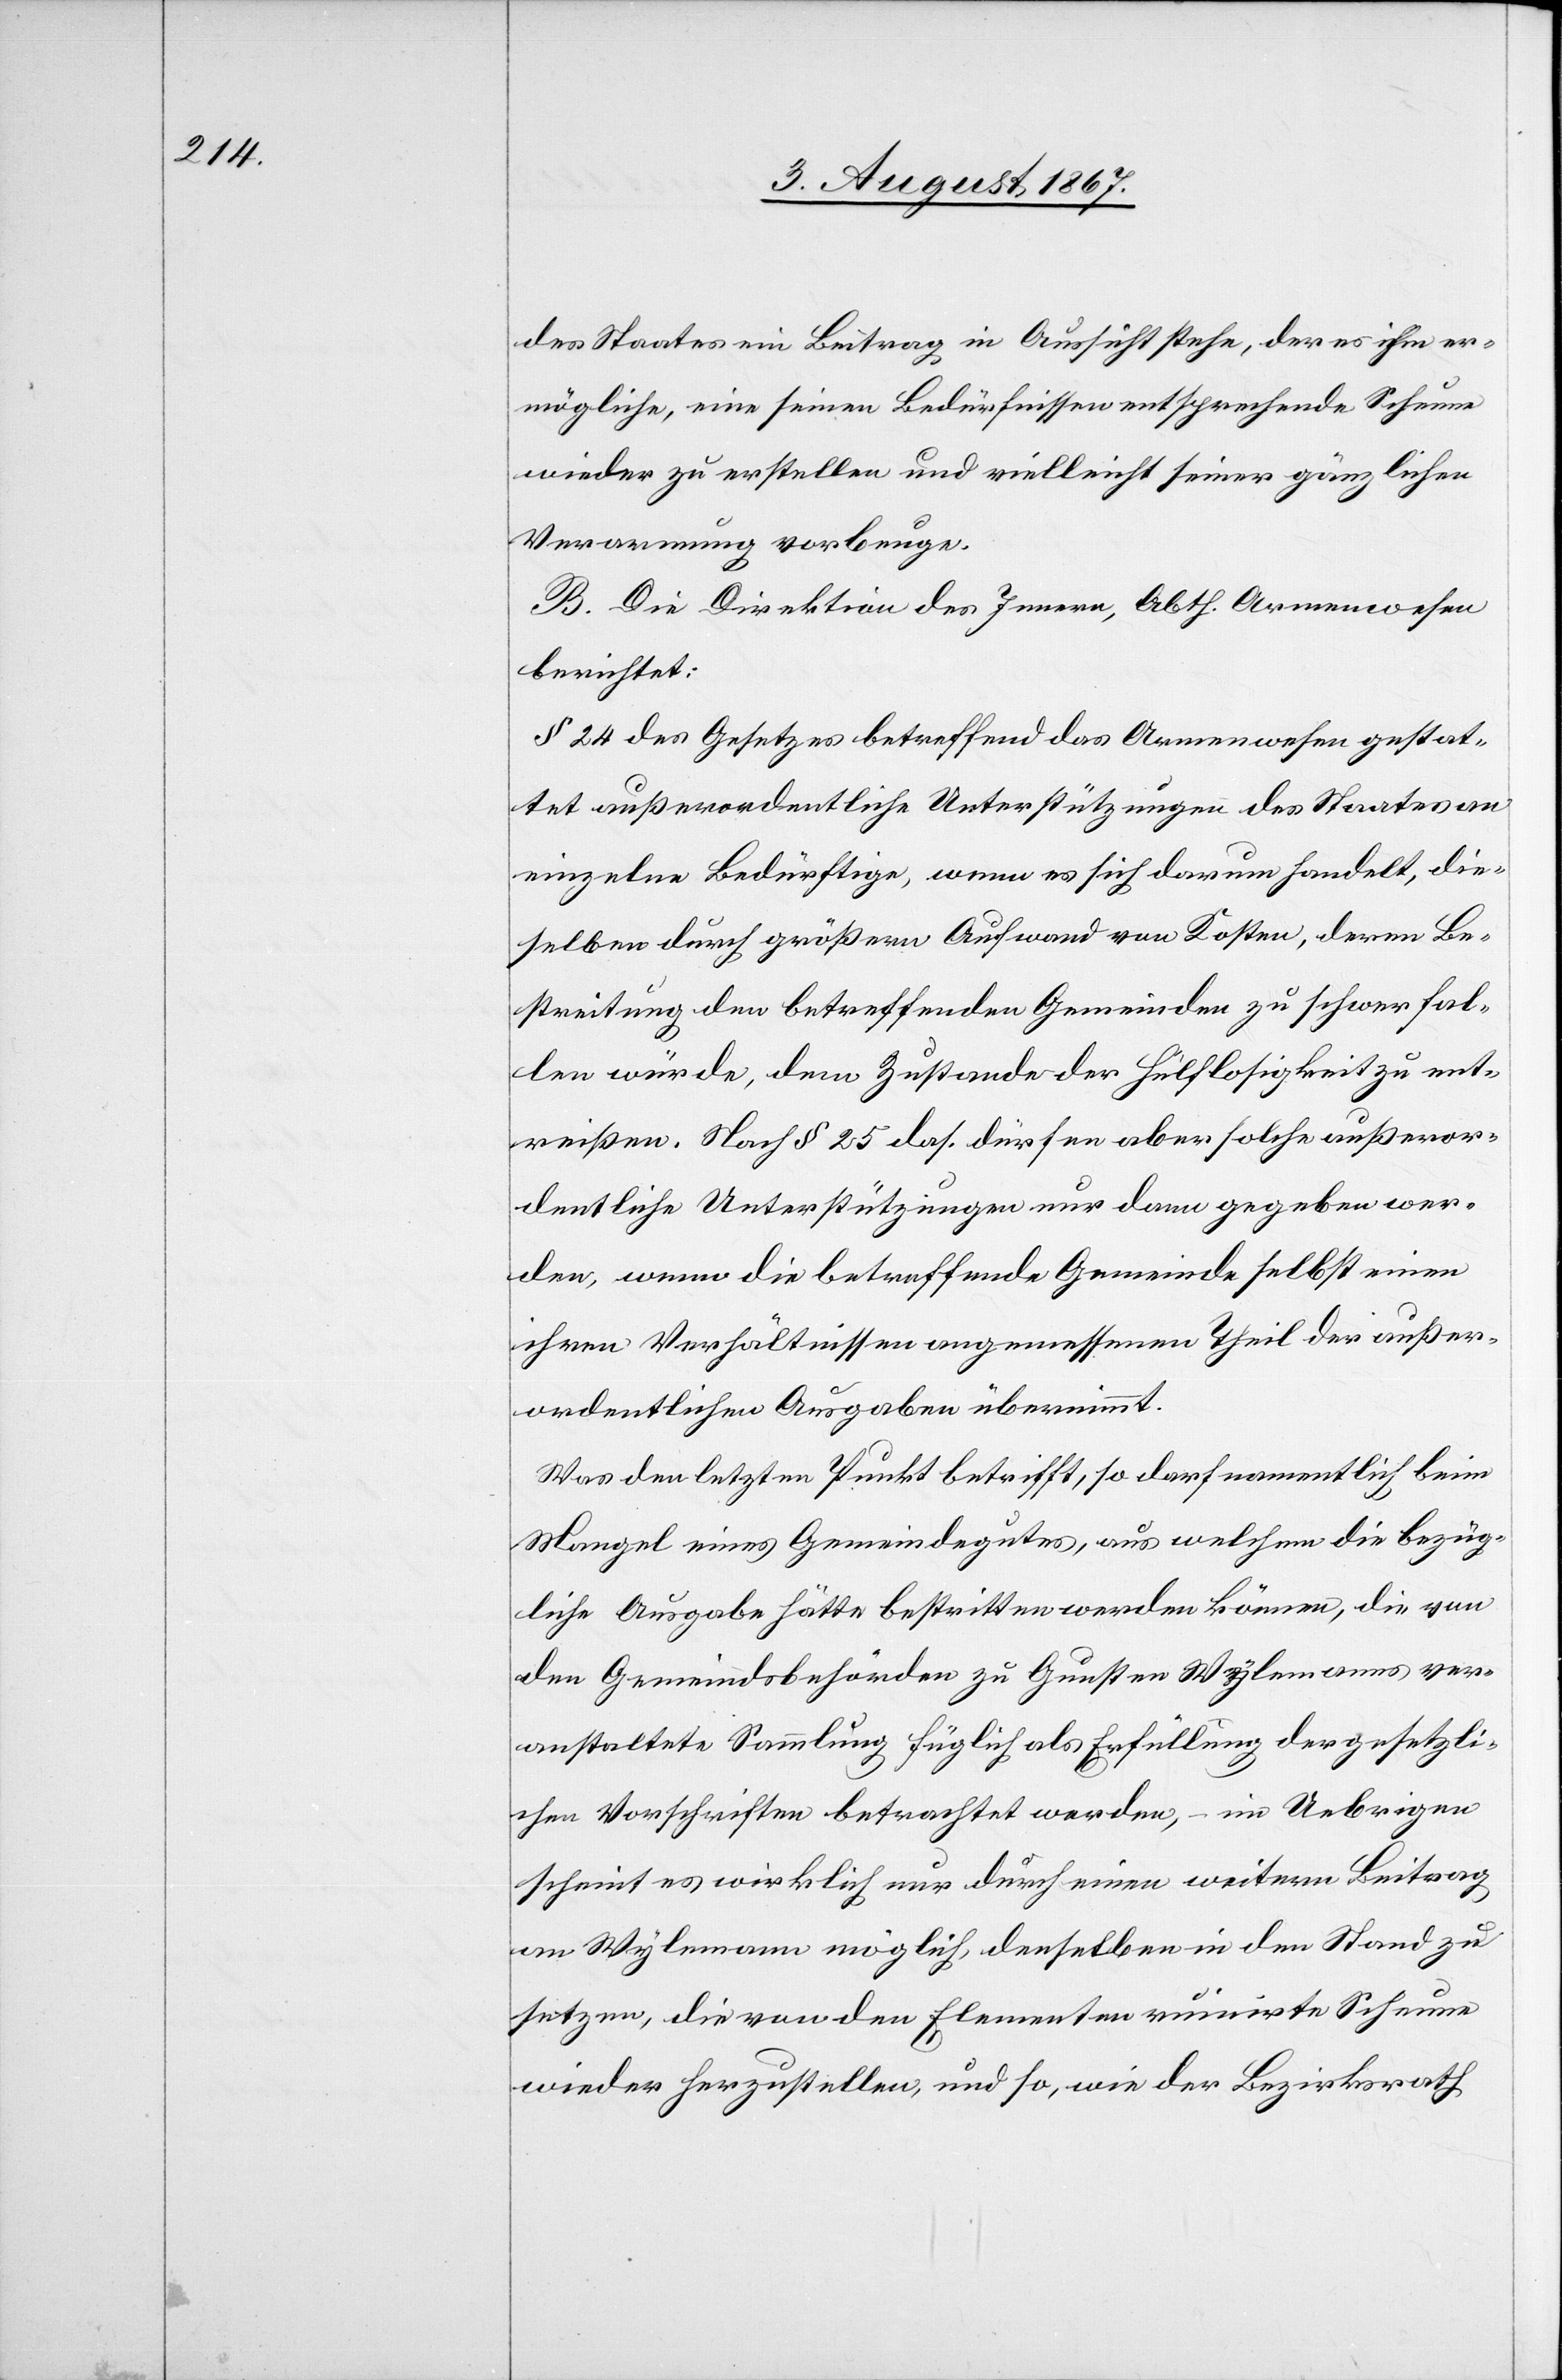
des Staates ein Beitrag in Aussicht stehe, der es ihm er¬
mögliche, eine seinen Bedürfnissen entsprechende Scheune
wieder zu erstellen und vielleicht seiner gänzlichen
Verarmung vorbeuge.
B. Die Direktion des Innern, Abth. Armenwesen
berichtet:
§ 24 des Gesetzes betreffend das Armenwesen gestat¬
tet außerordentliche Unterstützungen des Staates an
einzelne Bedürftige, wenn es sich darum handelt, die¬
selben durch größern Aufwand von Kosten, deren Be¬
streitung den betreffenden Gemeinden zu schwer fal¬
len würde, dem Zustande des Hülflosigkeit zu ent¬
reißen. Nach § 25 das. dürfen aber solche außeror¬
dentliche Unterstützungen nur dann gegeben wer¬
den, wenn die betreffende Gemeinde selbst einen
ihren Verhältnissen angemessenen Theil der außer¬
ordentlichen Ausgaben übernimmt.
Was den letzten Punkt betrifft, so darf namentlich beim
Mangel eines Gemeindegutes, aus welchem die bezüg¬
liche Ausgabe hätte bestritten werden können, die von
den Gemeindsbehörden zu Gunsten Wylemanns ver¬
anstaltete Sammlung füglich als Erfüllung der gesetzli¬
chen Vorschriften betrachtet werden, – im Uebrigen
scheint es wirklich nur durch einen weitern Beitrag
an Wylemann möglich, denselben in den Stand zu
setzen, die von den Elementen ruinirte Scheune
wieder herzustellen, und so, wie der Bezirksrath